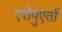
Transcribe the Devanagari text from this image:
एरोपुएर्तो